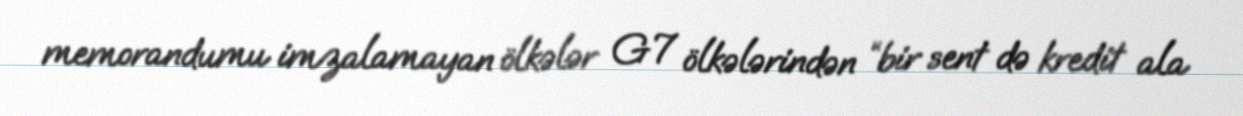
memorandumu imzalamayan ölkələr G7 ölkələrindən “bir sent də kredit ala